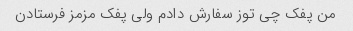
من پفک چی توز سفارش دادم ولی پفک مزمز فرستادن